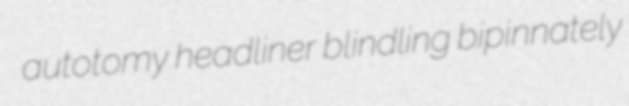
autotomy headliner blindling bipinnately